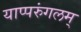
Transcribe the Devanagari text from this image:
याप्परुंगलम्